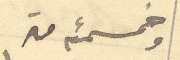
وخمسمئه متر